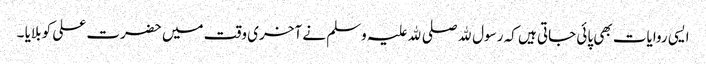
ایسی روایات بھی پائی جاتی ہیں کہ رسول ﷲ صلی ﷲ علیہ وسلم نے آخری وقت میں حضرت علی کو بلایا ۔